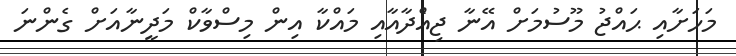
މަހަށާއި ޙައްޖު މޫސުމަށް އޭނާ ޖިއްެދާއާއި މައްކާ އިން މިސްވާކް މަދީނާއަށް ގެންނަ